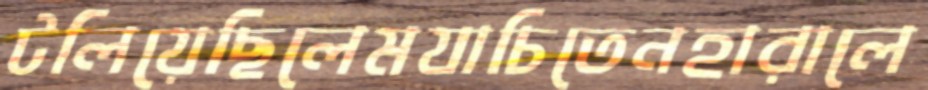
টলিয়েছিলেমযাচিতেনহারালে